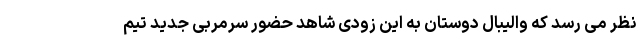
نظر می رسد که والیبال دوستان به این زودی شاهد حضور سرمربی جدید تیم